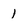
Character: 1